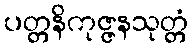
ပတ္တနိကုဇ္ဇနသုတ္တံ